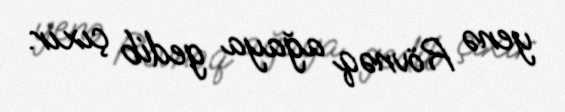
yenə Rövnəq ağaya gedib çıxır.